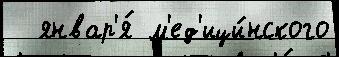
  январ'я́ м'ед'ици́нского